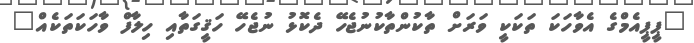
"ޕީޕީއެމްގެ އެވާހަކަ ތަކަކީ ވަރަށް ތާކުންތާކުނުޖެހޭ ދެކޮޅު ނުޖެހޭ ހަޤީގަތާއި ހިލާފް ވާހަކަތަކެއް"